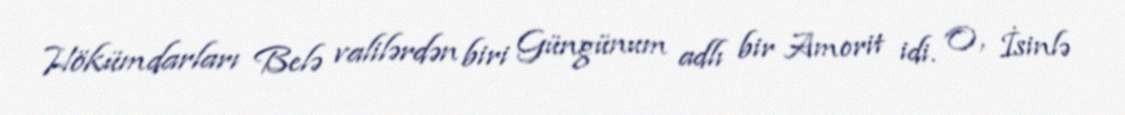
Hökümdarları Belə valilərdən biri Güngünum adlı bir Amorit idi. O, İsinlə